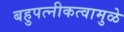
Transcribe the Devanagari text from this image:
बहुपत्‍नीकत्वामुळे